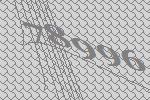
78996